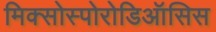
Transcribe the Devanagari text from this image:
मिक्सोस्पोरोडिऑसिस